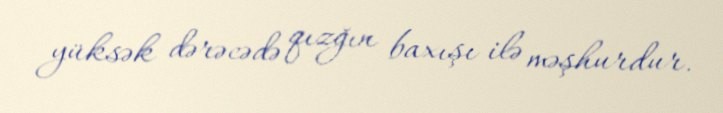
yüksək dərəcədə qızğın baxışı ilə məşhurdur.